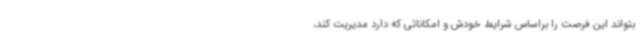
بتواند این فرصت را براساس شرایط خودش و امکاناتی که دارد مدیریت کند،